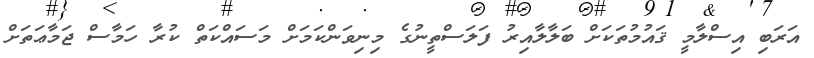
އަރަބި އިސްލާމީ ޤައުމުތަކަށް ބަލާލާއިރު ފަލަސްތީނުގެ މިނިވަންކަމަށް މަސައްކަތް ކުރާ ހަމާސް ޖަމާޢަތަށް